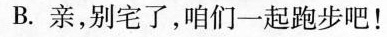
B.亲，别宅了，咱们一起跑步吧！